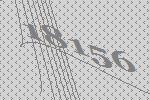
18156